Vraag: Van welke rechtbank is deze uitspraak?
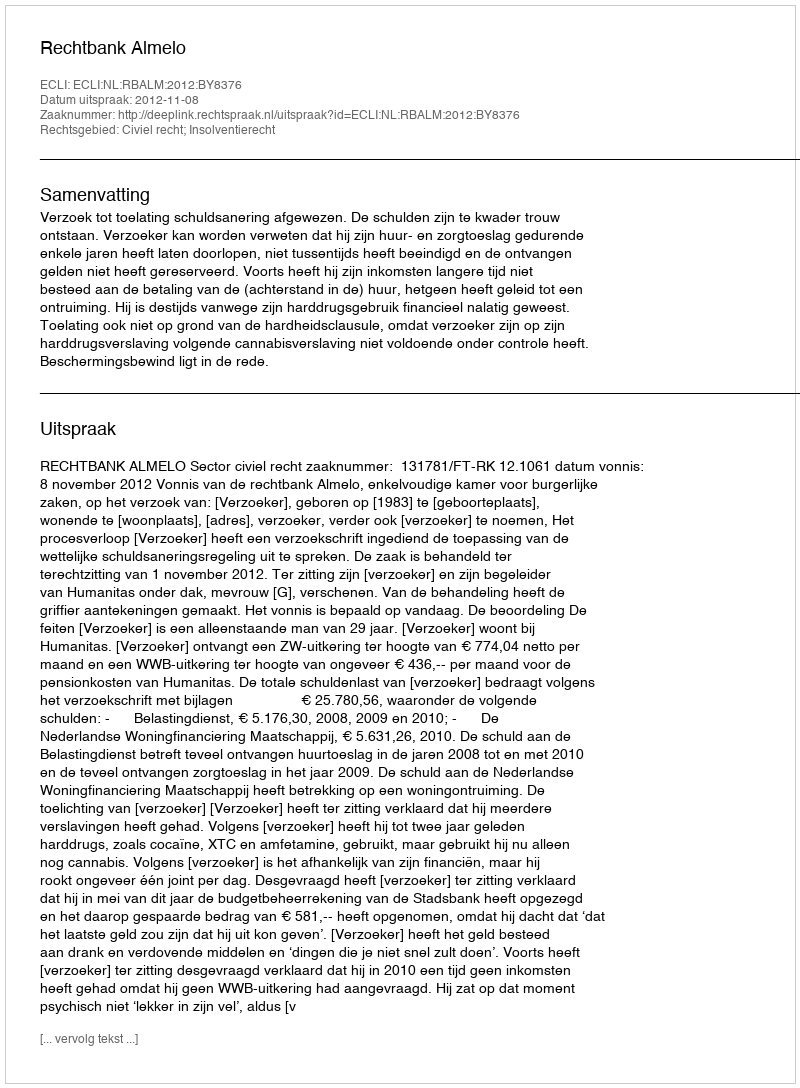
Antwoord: Rechtbank Almelo